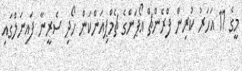
މީގެ 11 އަހަރު ކުރިން ފްރެންޗް އޯޕަންގެ ޗެމްޕިއަންކަން ހޯދި ސެރީނާ ފައިނަލްގައި